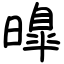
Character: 曍